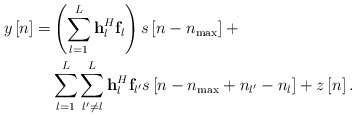
\begin{align*}\ \begin{aligned} y\left[ n \right] = & \left( {\sum\limits_{l = 1}^L {{\bf{h}}_l^H{{\bf{f}}_l}} } \right)s\left[ {n - {n_{\max }}} \right]+ \\ &\sum\limits_{l = 1}^L {\sum\limits_{l' \ne l}^L {{\bf{h}}_l^H{{\bf{f}}_{l'}}s\left[ {n - {n_{\max }} + {n_{l'}} - {n_l}} \right]} } + z\left[ n \right]. \end{aligned} \end{align*}